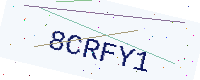
Text: 8CRFY1